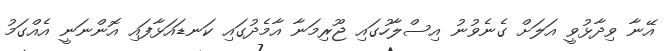
އޭނާ ވިދާޅުވީ އަލަށް ގެނެވުނު އިސްލާހުގައި ޖޫރިމަނާ އާމެދުގައި ކަނޑައަޅާފައި އޮންނަނީ އެއްގަމު